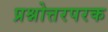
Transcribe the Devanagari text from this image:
प्रश्नोत्तरपरक